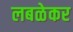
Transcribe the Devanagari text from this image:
लबळेकर